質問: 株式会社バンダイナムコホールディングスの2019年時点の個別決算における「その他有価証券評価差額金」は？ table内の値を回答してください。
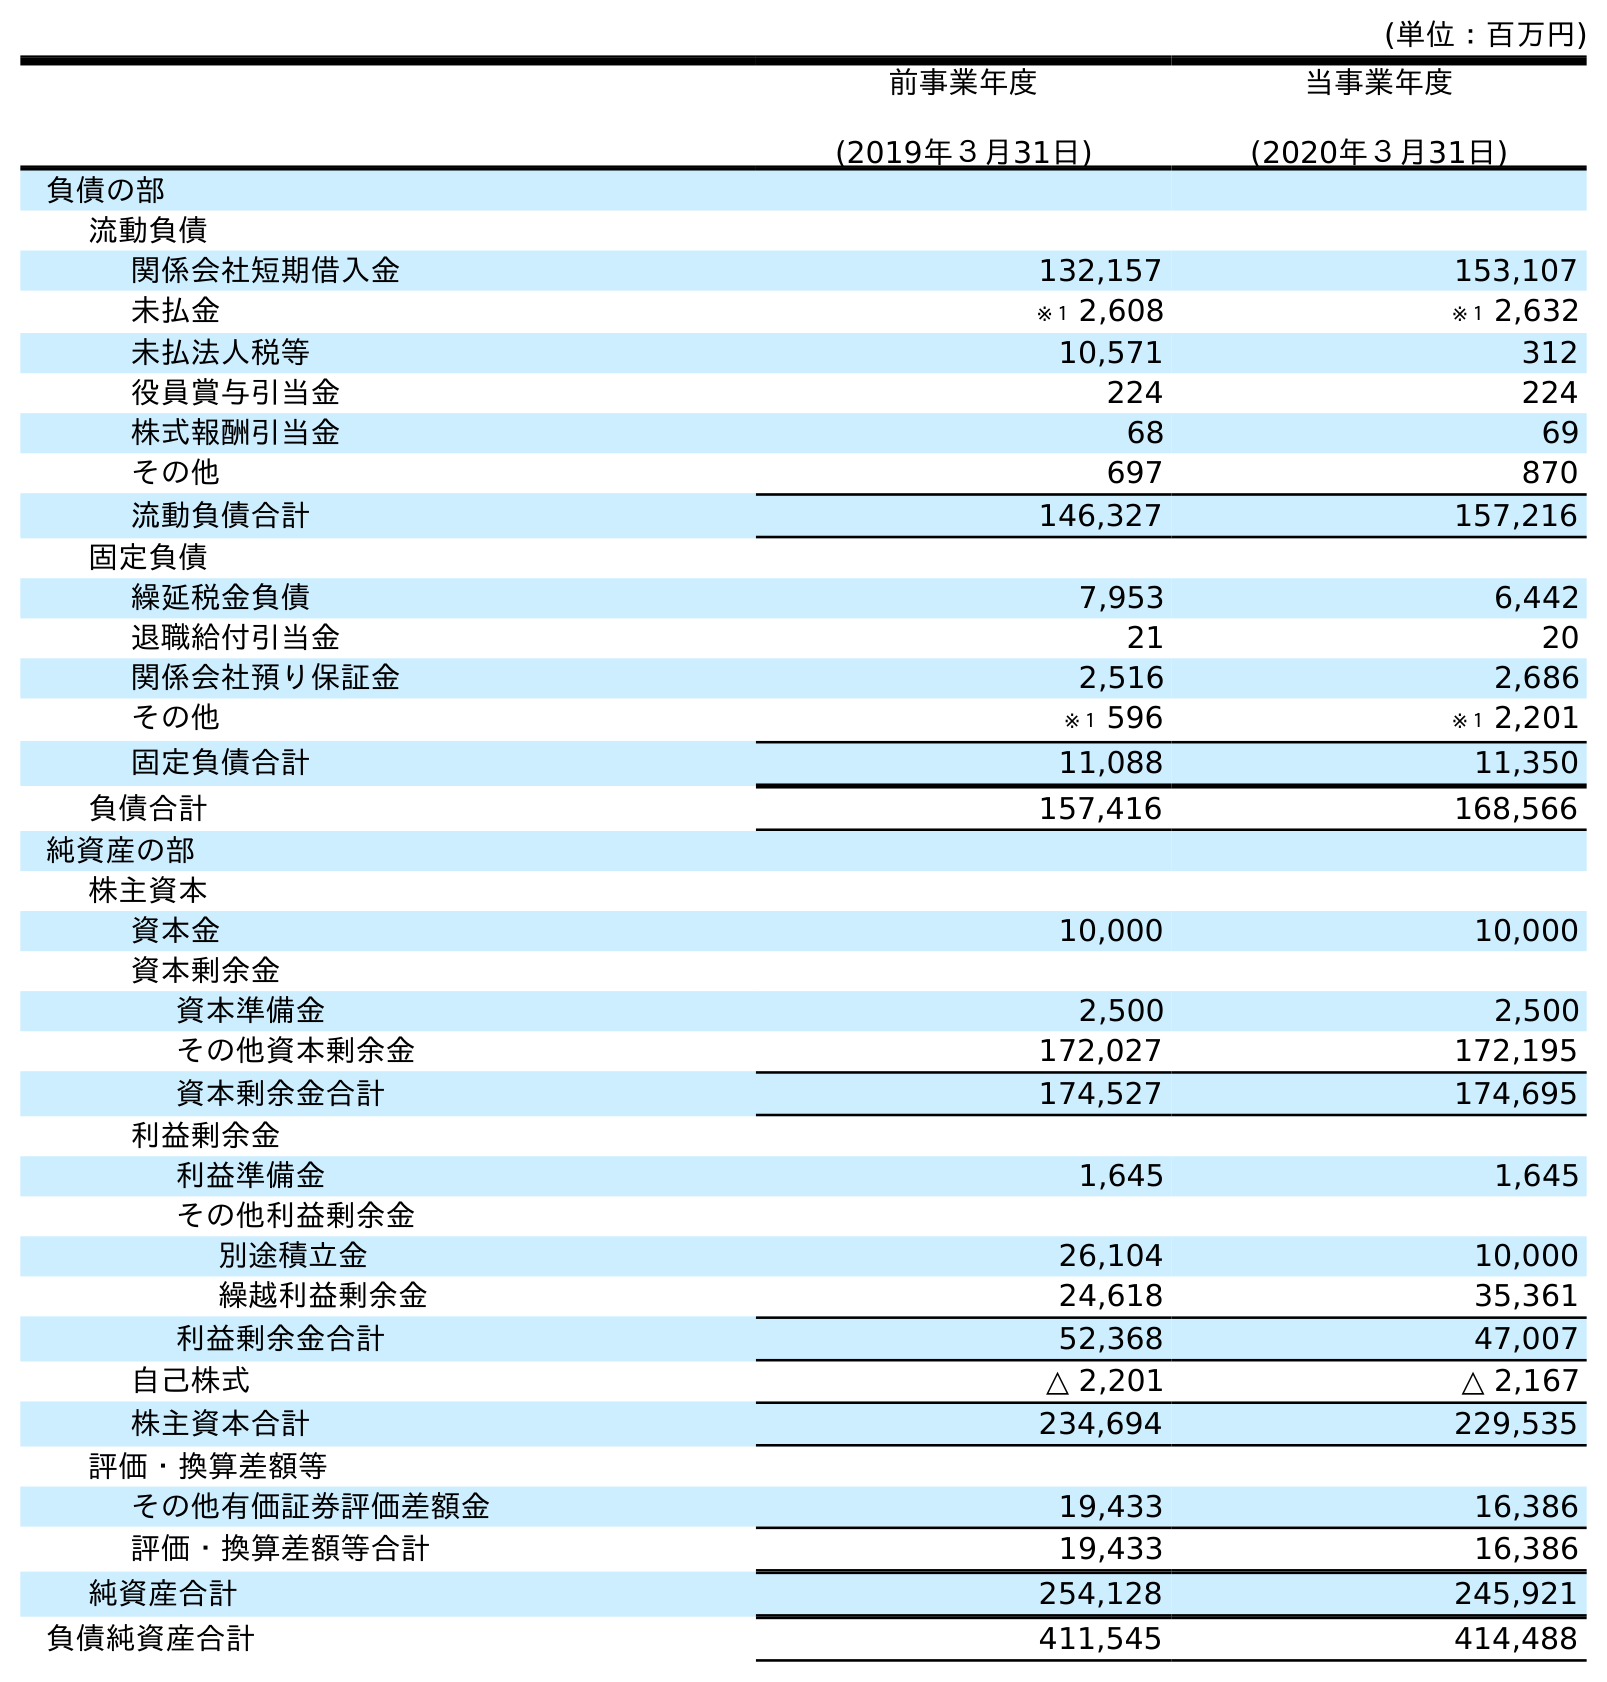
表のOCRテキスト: (単位：百万円) 前事業年度 (2019年３月31日) 当事業年度 (2020年３月31日) 負債の部 流動負債 関係会社短期借入金 132,157 153,107 未払金 ※１ 2,608 ※１ 2,632 未払法人税等 10,571 312 役員賞与引当金 224 224 株式報酬引当金 68 69 その他 697 870 流動負債合計 146,327 157,216 固定負債 繰延税金負債 7,953 6,442 退職給付引当金 21 20 関係会社預り保証金 2,516 2,686 その他 ※１ 596 ※１ 2,201 固定負債合計 11,088 11,350 負債合計 157,416 168,566 純資産の部 株主資本 資本金 10,000 10,000 資本剰余金 資本準備金 2,500 2,500 その他資本剰余金 172,027 172,195 資本剰余金合計 174,527 174,695 利益剰余金 利益準備金 1,645 1,645 その他利益剰余金 別途積立金 26,104 10,000 繰越利益剰余金 24,618 35,361 利益剰余金合計 52,368 47,007 自己株式 △ 2,201 △ 2,167 株主資本合計 234,694 229,535 評価・換算差額等 その他有価証券評価差額金 19,433 16,386 評価・換算差額等合計 19,433 16,386 純資産合計 254,128 245,921 負債純資産合計 411,545 414,488
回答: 19,433